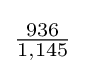
{\tfrac {936}{1,145}}